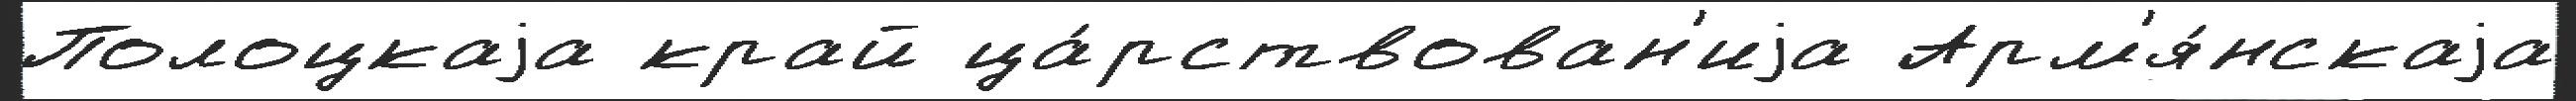
Полоцкаjа край ца́рствован'иjа Арм'я́нскаjа